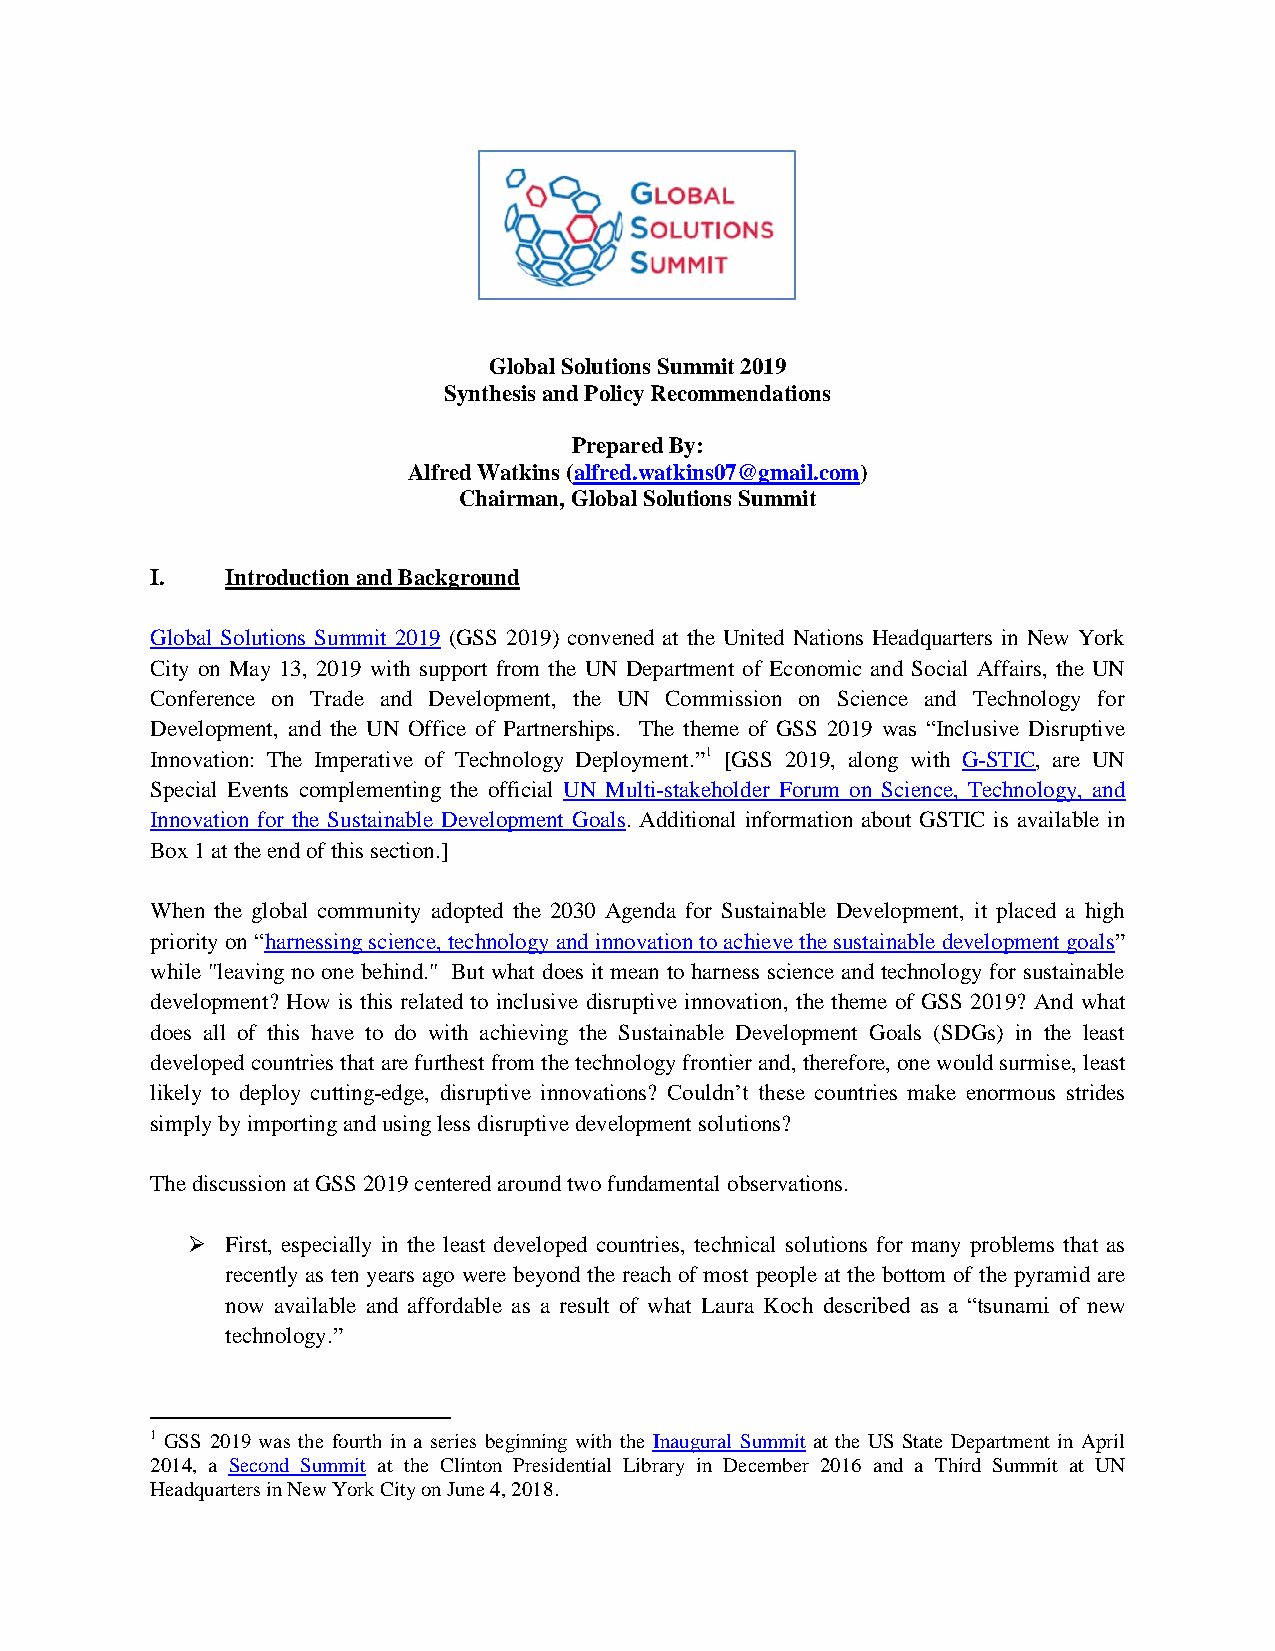
Global Solutions Summit 2019
 Synthesis and Policy Recommendations
 Prepared By:
 Alfred Watkins (alfred.watkins07@gmail.com)
 Chairman, Global Solutions Summit
 I.   Introduction and Background
 Global Solutions Summit 2019 (GSS 2019) convened at the United Nations Headquarters in New York
 City on May 13, 2019 with support from the UN Department of Economic and Social Affairs, the UN
 Conference on Trade and Development, the UN Commission on Science and Technology for
 Development, and the UN Office of Partnerships. The theme of GSS 2019 was “Inclusive Disruptive
 Innovation: The Imperative of Technology Deployment.”1 [GSS 2019, along with G-STIC, are UN
 Special Events complementing the official UN Multi-stakeholder Forum on Science, Technology, and
 Innovation for the Sustainable Development Goals. Additional information about GSTIC is available in
 Box 1 at the end of this section.]
 When the global community adopted the 2030 Agenda for Sustainable Development, it placed a high
 priority on “harnessing science, technology and innovation to achieve the sustainable development goals”
 while "leaving no one behind." But what does it mean to harness science and technology for sustainable
 development? How is this related to inclusive disruptive innovation, the theme of GSS 2019? And what
 does all of this have to do with achieving the Sustainable Development Goals (SDGs) in the least
 developed countries that are furthest from the technology frontier and, therefore, one would surmise, least
 likely to deploy cutting-edge, disruptive innovations? Couldn’t these countries make enormous strides
 simply by importing and using less disruptive development solutions?
 The discussion at GSS 2019 centered around two fundamental observations.
   First, especially in the least developed countries, technical solutions for many problems that as
 recently as ten years ago were beyond the reach of most people at the bottom of the pyramid are
 now available and affordable as a result of what Laura Koch described as a “tsunami of new
 technology.”
 1 GSS 2019 was the fourth in a series beginning with the Inaugural Summit at the US State Department in April
 2014, a Second Summit at the Clinton Presidential Library in December 2016 and a Third Summit at UN
 Headquarters in New York City on June 4, 2018.